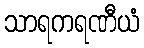
သာရကရဏီယံ